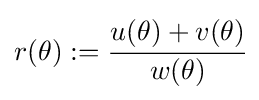
r(\theta ):={\cfrac {u(\theta )+v(\theta )}{w(\theta )}}